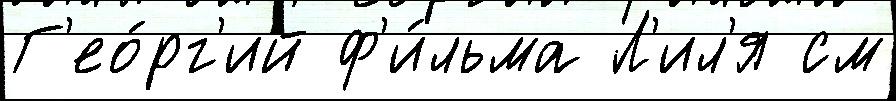
Г'ео́рг'ий ф'и́льма Л'ил'я см